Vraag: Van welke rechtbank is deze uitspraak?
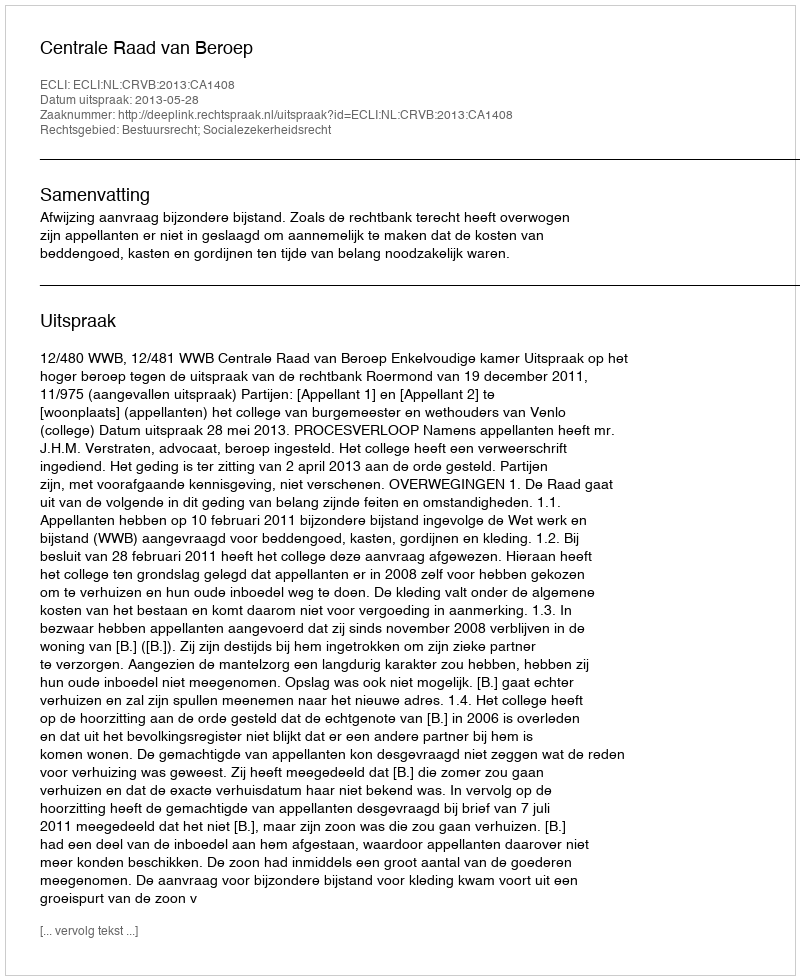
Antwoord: Centrale Raad van Beroep